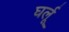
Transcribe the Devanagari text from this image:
घर्लू